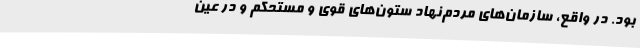
بود. در واقع، سازمان‌های مردم‌نهاد ستون‌های قوی و مستحکم و در عین